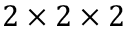
2 \times 2 \times 2